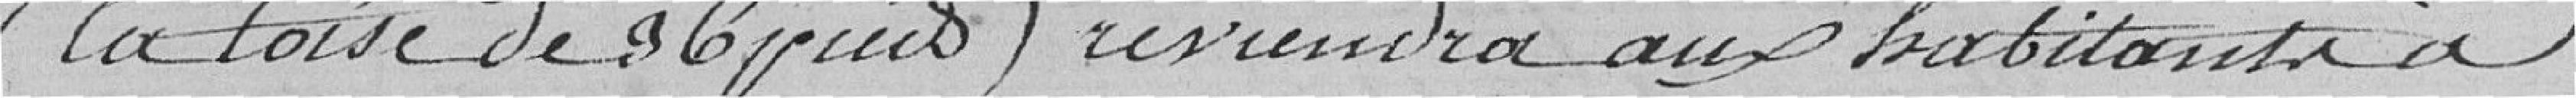
(la toise de 96 ) reviendra aux habitants